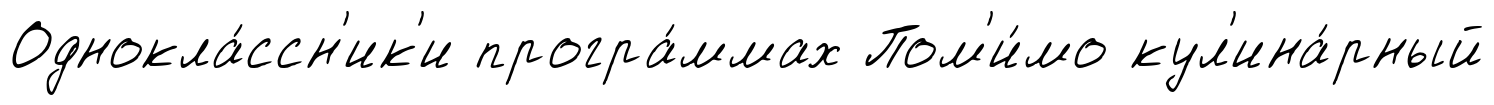
Однокла́ссн'ик'и програ́ммах Пом'и́мо кул'ина́рный